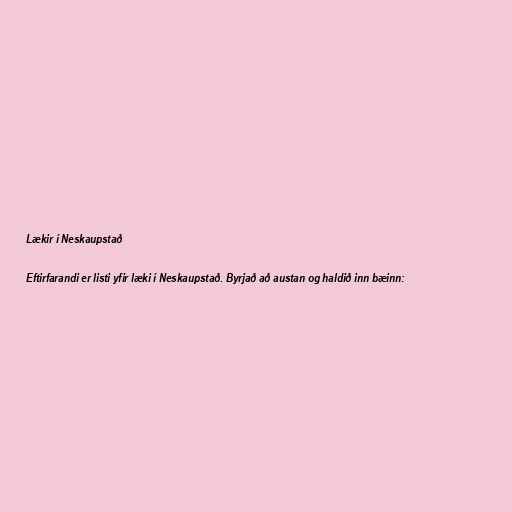
Lækir í Neskaupstað

Eftirfarandi er listi yfir læki í Neskaupstað. Byrjað að austan og haldið inn bæinn: